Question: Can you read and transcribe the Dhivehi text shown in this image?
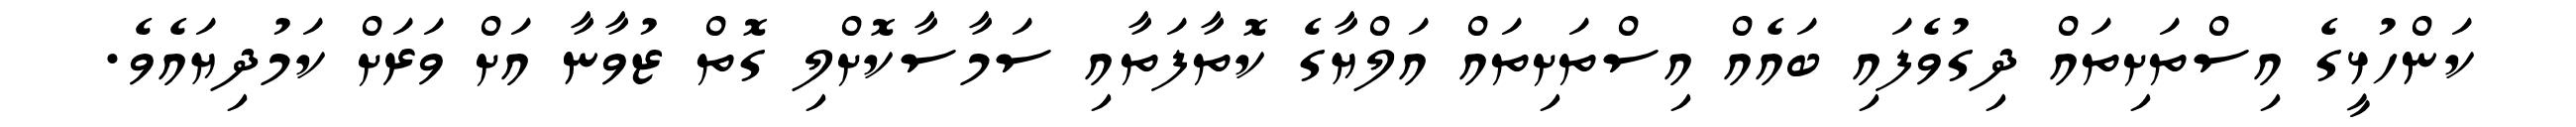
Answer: ކަންހުޅީގެ އިސްތަށިތައް ދިގުވެފައި ބައެއް އިސްތަށިތައް އަލްޔާގެ ކޮތާފަތާއި ސަމާސާކޮށްލި ގޮތް ޒުވާނާ އަށް ވަރަށް ކަމުދިޔައެވެ.